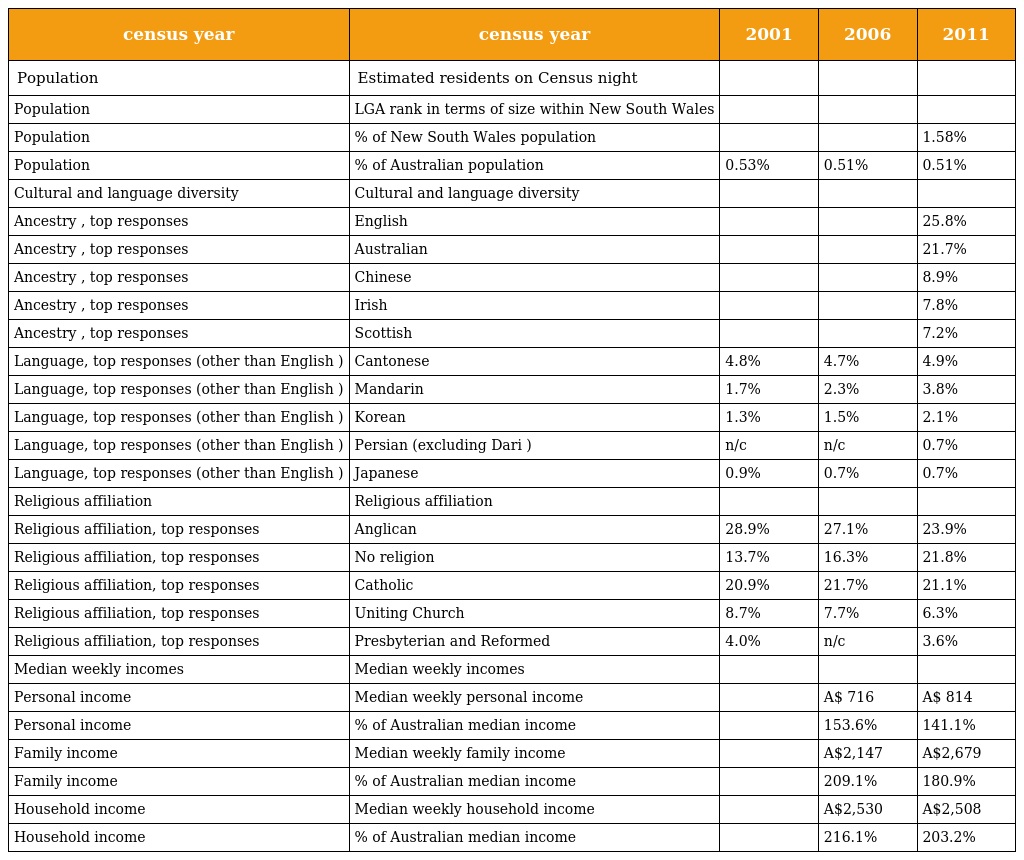
| census year | census year | 2001 | 2006 | 2011 |
 | --- | --- | --- | --- | --- |
 | Population | Estimated residents on Census night |  |  |  |
 | Population | LGA rank in terms of size within New South Wales |  |  |  |
 | Population | % of New South Wales population |  |  | 1.58% |
 | Population | % of Australian population | 0.53% | 0.51% | 0.51% |
 | Cultural and language diversity | Cultural and language diversity |  |  |  |
 | Ancestry , top responses | English |  |  | 25.8% |
 | Ancestry , top responses | Australian |  |  | 21.7% |
 | Ancestry , top responses | Chinese |  |  | 8.9% |
 | Ancestry , top responses | Irish |  |  | 7.8% |
 | Ancestry , top responses | Scottish |  |  | 7.2% |
 | Language, top responses (other than English ) | Cantonese | 4.8% | 4.7% | 4.9% |
 | Language, top responses (other than English ) | Mandarin | 1.7% | 2.3% | 3.8% |
 | Language, top responses (other than English ) | Korean | 1.3% | 1.5% | 2.1% |
 | Language, top responses (other than English ) | Persian (excluding Dari ) | n/c | n/c | 0.7% |
 | Language, top responses (other than English ) | Japanese | 0.9% | 0.7% | 0.7% |
 | Religious affiliation | Religious affiliation |  |  |  |
 | Religious affiliation, top responses | Anglican | 28.9% | 27.1% | 23.9% |
 | Religious affiliation, top responses | No religion | 13.7% | 16.3% | 21.8% |
 | Religious affiliation, top responses | Catholic | 20.9% | 21.7% | 21.1% |
 | Religious affiliation, top responses | Uniting Church | 8.7% | 7.7% | 6.3% |
 | Religious affiliation, top responses | Presbyterian and Reformed | 4.0% | n/c | 3.6% |
 | Median weekly incomes | Median weekly incomes |  |  |  |
 | Personal income | Median weekly personal income |  | A$ 716 | A$ 814 |
 | Personal income | % of Australian median income |  | 153.6% | 141.1% |
 | Family income | Median weekly family income |  | A$2,147 | A$2,679 |
 | Family income | % of Australian median income |  | 209.1% | 180.9% |
 | Household income | Median weekly household income |  | A$2,530 | A$2,508 |
 | Household income | % of Australian median income |  | 216.1% | 203.2% |